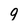
Character: 9